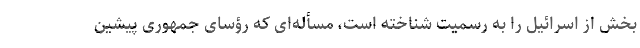
بخش از اسرائیل را به رسمیت شناخته است، مسأله‌ای که رؤسای جمهوری پیشین